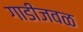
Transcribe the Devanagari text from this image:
गाडीजवळ